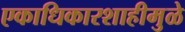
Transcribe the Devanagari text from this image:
एकाधिकारशाहीमुळे